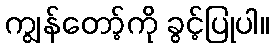
ကျွန်တော့်ကို ခွင့်ပြုပါ။